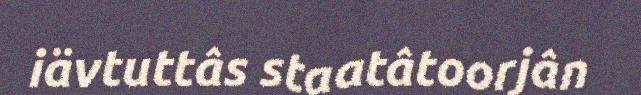
iävtuttâs staatâtoorjân